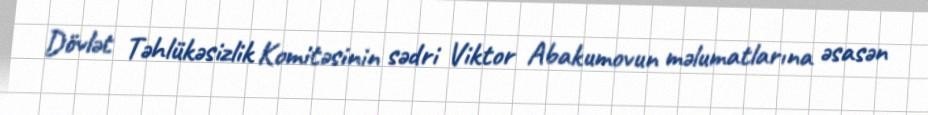
Dövlət Təhlükəsizlik Komitəsinin sədri Viktor Abakumovun məlumatlarına əsasən